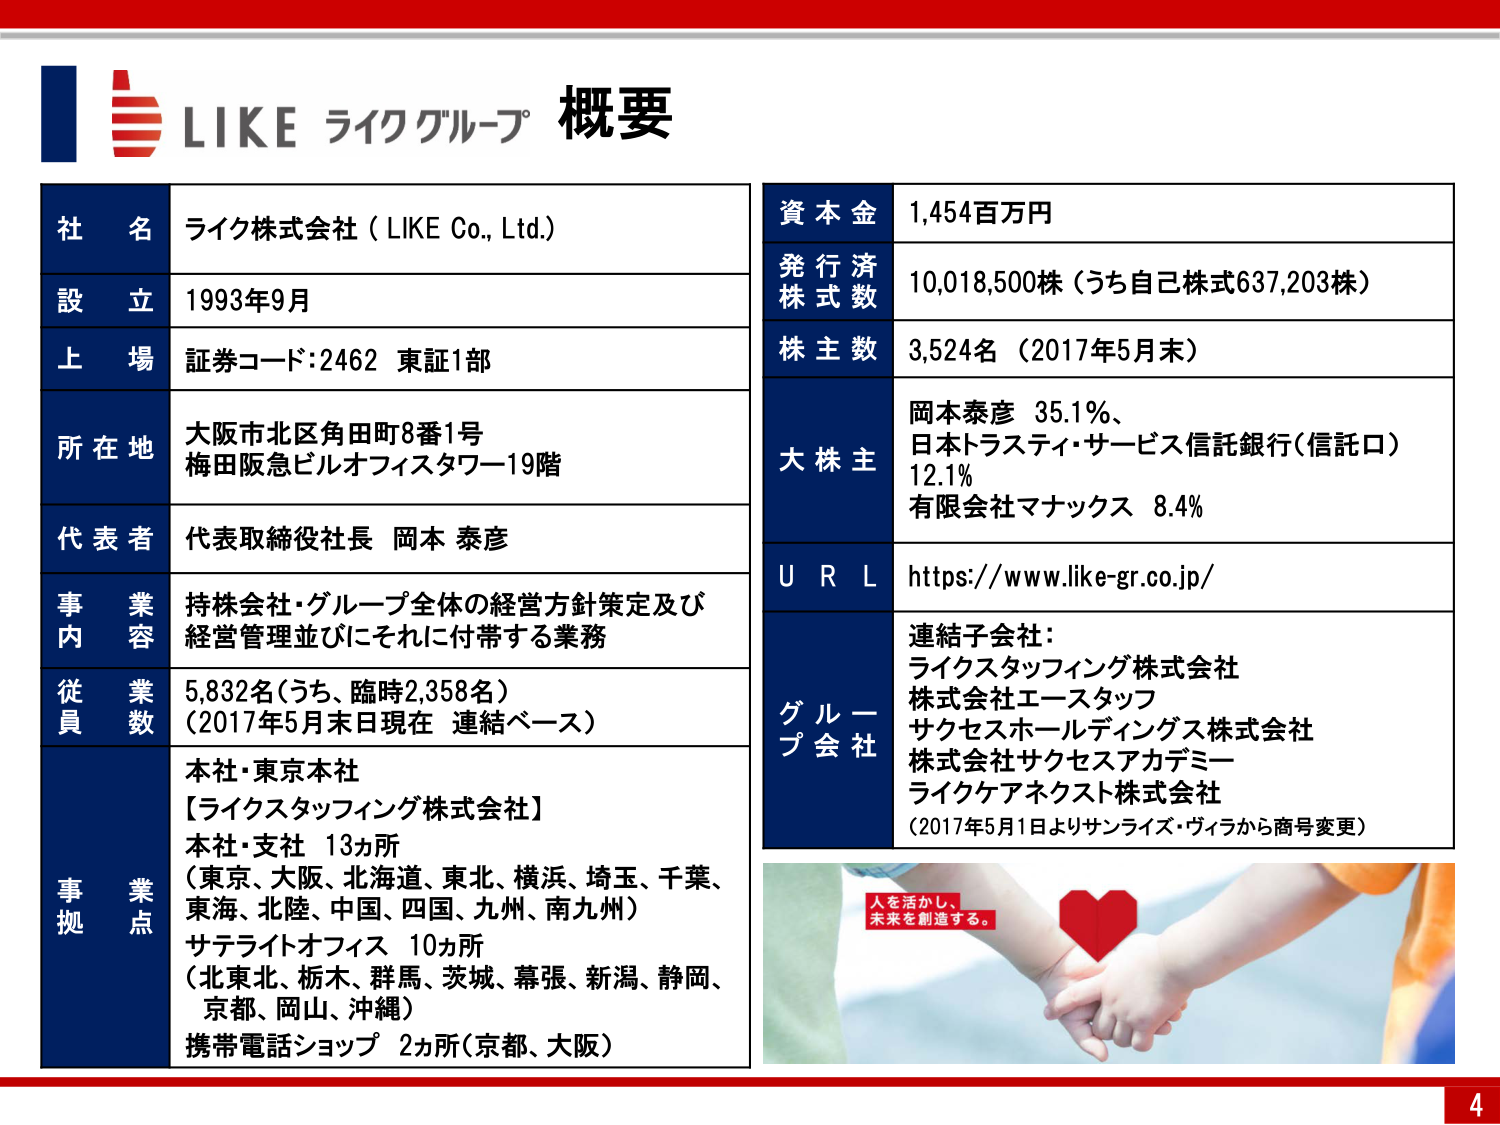
LIKE ライクグループ 概要

社名 ライク株式会社（LIKE Co., Ltd.）
設立 1993年9月
上場 証券コード：2462 東証1部
所在地 大阪市北区角田町8番1号
梅田阪急ビルオフィスタワー19階
代表者 代表取締役社長 岡本 泰彦
事業内容 持株会社・グループ全体の経営方針策定及び
経営管理並びにそれに付帯する業務
従業員数 5,832名（うち、臨時2,358名）
（2017年5月末日現在 連結ベース）
事業拠点 本社・東京本社
【ライクスタッフィング株式会社】
本社・支社 13ヵ所
（東京、大阪、北海道、東北、横浜、埼玉、千葉、
東海、北陸、中国、四国、九州、南九州）
サテライトオフィス 10ヵ所
（北東北、栃木、群馬、茨城、幕張、新潟、静岡、
京都、岡山、沖縄）
携帯電話ショップ 2ヵ所（京都、大阪）

資本金 1,454百万円
発行済株式数 10,018,500株（うち自己株式637,203株）
株主数 3,524名（2017年5月末）
大株主 岡本泰彦 35.1%、
日本トラスティ・サービス信託銀行（信託口）
12.1%
有限会社マナックス 8.4%
ＵＲＬ https://www.like-gr.co.jp/
グループ会社 連結子会社：
ライクスタッフィング株式会社
株式会社エースタッフ
サクセスホールディングス株式会社
株式会社サクセスアカデミー
ライクケアネクスト株式会社
（2017年5月1日よりサンライズ・ヴィラから商号変更）

人を活かし、
未来を創造する。

4